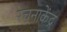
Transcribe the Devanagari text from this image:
रचनाकेंद्र